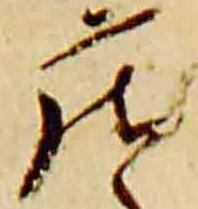
庄